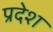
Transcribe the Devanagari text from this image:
प्रदेश्‍ा